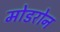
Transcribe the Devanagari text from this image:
मोडरोन